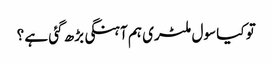
تو کیا سول ملٹری ہم آہنگی بڑھ گئی ہے ؟